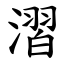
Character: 漝